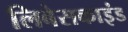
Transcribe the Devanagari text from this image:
लिबेसकाइंड